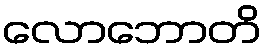
လောဘောတိ